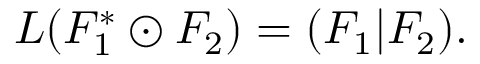
L ( F _ { 1 } ^ { * } \odot F _ { 2 } ) = ( F _ { 1 } | F _ { 2 } ) .